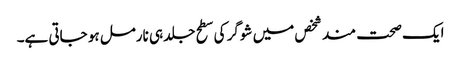
ایک صحت مند شخص میں شوگر کی سطح جلد ہی نارمل ہو جاتی ہے۔